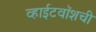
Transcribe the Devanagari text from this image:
व्हाईटवॉशची